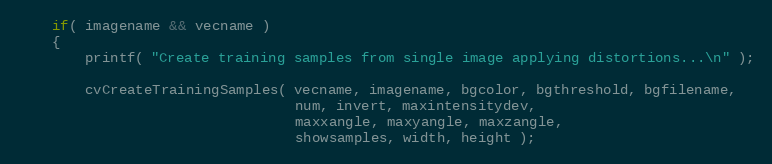
Language: C++
    if( imagename && vecname )
    {
        printf( "Create training samples from single image applying distortions...\n" );

        cvCreateTrainingSamples( vecname, imagename, bgcolor, bgthreshold, bgfilename,
                                 num, invert, maxintensitydev,
                                 maxxangle, maxyangle, maxzangle,
                                 showsamples, width, height );